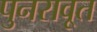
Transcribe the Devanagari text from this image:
पुनरावृ्त